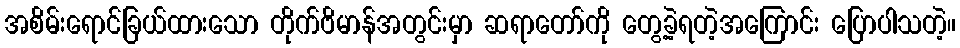
အစိမ်းရောင်ခြယ်ထားသော တိုက်ဗိမာန်အတွင်းမှာ ဆရာတော်ကို တွေ့ခဲ့ရတဲ့အကြောင်း ပြောပါသတဲ့။